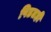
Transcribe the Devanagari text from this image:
पिडतही